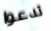
تدعوا